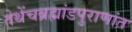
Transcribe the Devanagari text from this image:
तेथेंचब्रह्मांडपुराणांत